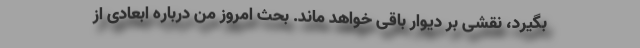
بگیرد، نقشی بر دیوار باقی خواهد ماند. بحث امروز من درباره ابعادی از